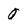
Character: O